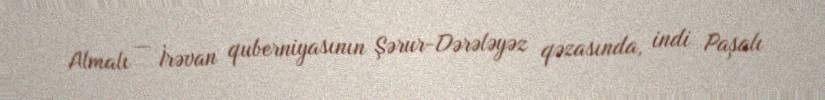
Almalı — İrəvan quberniyasının Şərur-Dərələyəz qəzasında, indi Paşalı